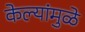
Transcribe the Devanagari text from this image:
केल्यांमुळे